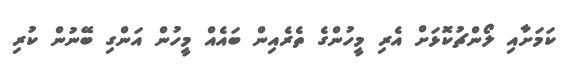
ކަމަށާއި ލޯންޗުކޮޅަށް އެރި މީހުންގެ ތެރެއިން ބައެއް މީހުން އަންގި ބޭނުން ކުރި